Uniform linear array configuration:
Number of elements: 12
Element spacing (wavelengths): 0.5
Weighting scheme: hamming
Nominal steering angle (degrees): -45
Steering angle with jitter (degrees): -44.594
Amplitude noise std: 0.05
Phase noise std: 0.05

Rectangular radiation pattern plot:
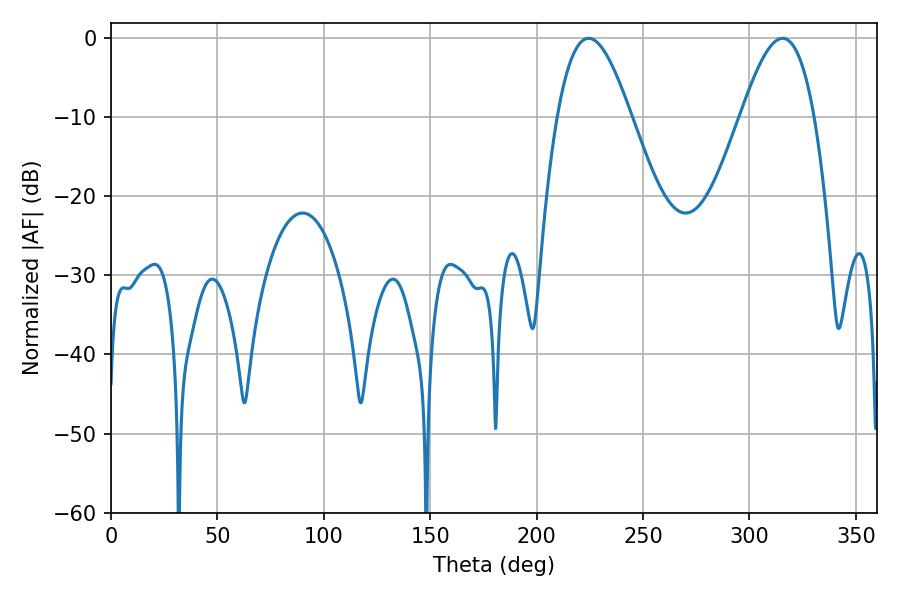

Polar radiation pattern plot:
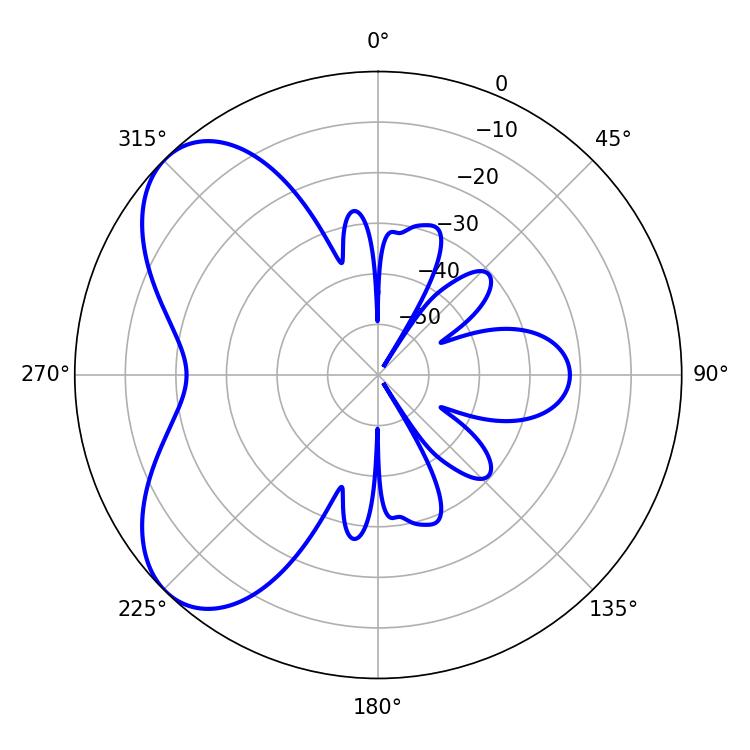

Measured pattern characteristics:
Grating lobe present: FALSE
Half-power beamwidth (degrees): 18.72
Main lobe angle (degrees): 224.46